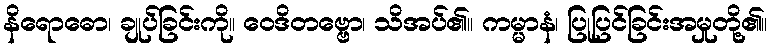
နိရောဓော၊ ချုပ်ခြင်းကို။ ဝေဒိတဗ္ဗော၊ သိအပ်၏။ ကမ္မာနံ၊ ပြုပြင်ခြင်းအမှုတို့၏။